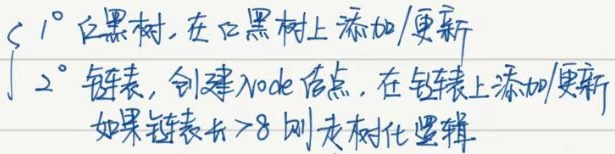
$\begin{cases}1^{\circ} \text{ 红黑树, 在红黑树上添加/更新}\\2^{\circ} \text{ 链表, 创建Node 结点, 在链表上添加/更新}\\\text{如果链表长}>8 \text{ 则走树化逻辑}\end{cases}$